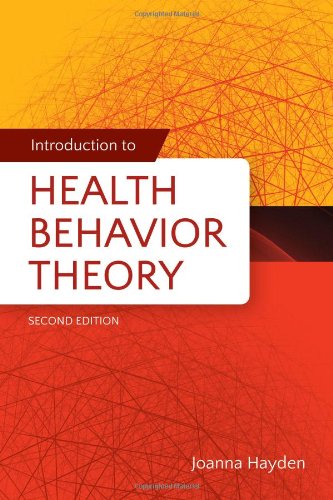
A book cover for Introduction To Health Behavior Theory; Joanna Aboyoun Hayden; Medical Books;